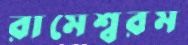
রামেশ্বরম